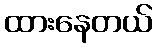
ထားနေတယ်